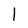
Character: I